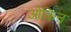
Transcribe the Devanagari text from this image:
ओकिन